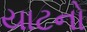
યાટનો